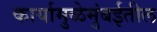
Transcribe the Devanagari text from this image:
कार्यामुळेमुंबईतील